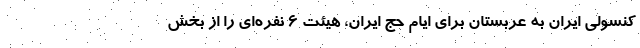
کنسولی ایران به عربستان برای ایام حج ایران، هیئت ۶ نفره‌ای را از بخش